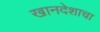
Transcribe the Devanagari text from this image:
खानदेशाचा